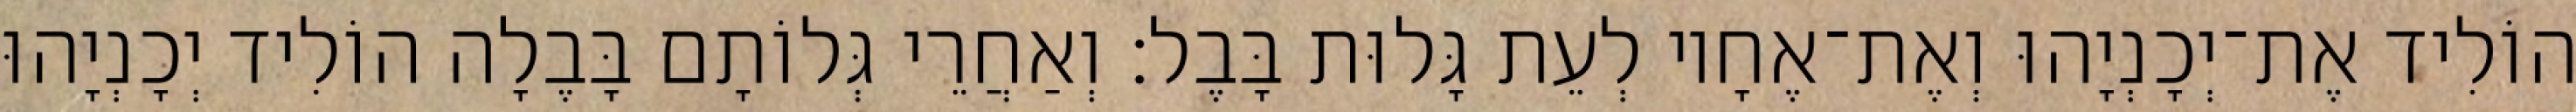
הוֹלִיד אֶת־יְכָנְיָהוּ וְאֶת־אֶחָיו לְעֵת גָּלוּת בָּבֶל׃ וְאַחֲרֵי גְּלוֹתָם בָּבֶלָה הוֹלִיד יְכָנְיָהוּ